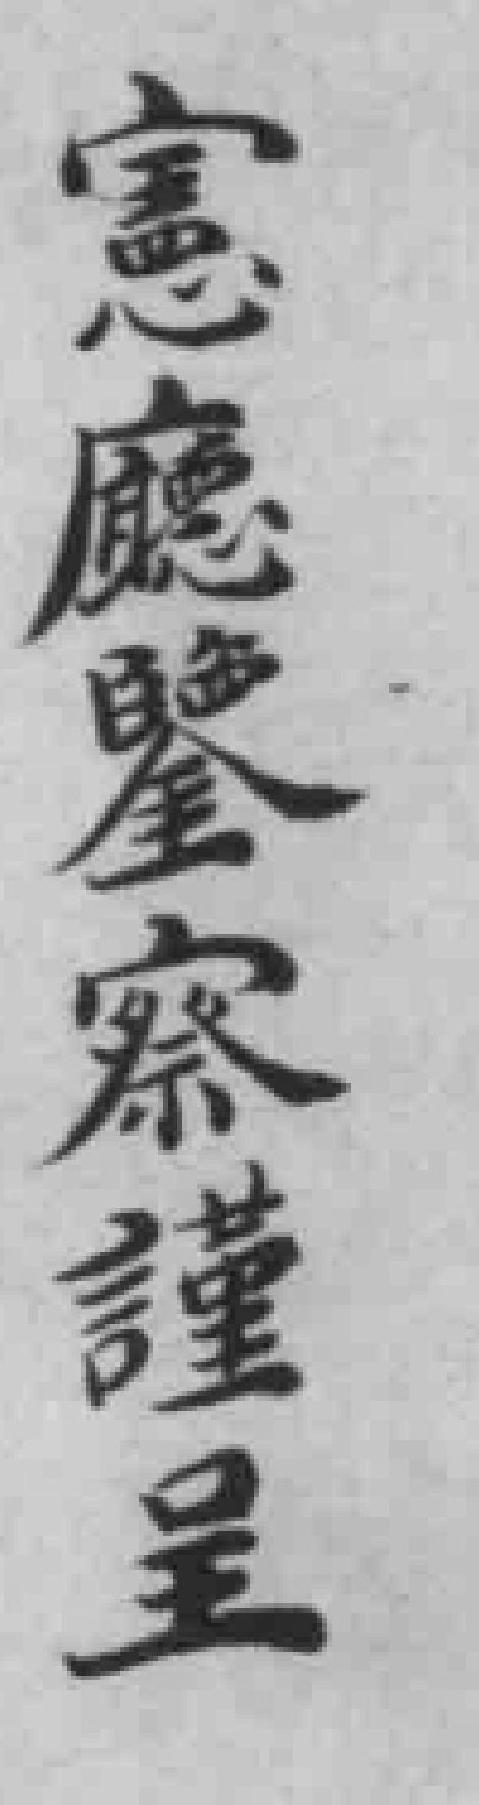
憲廰鑒察謹呈